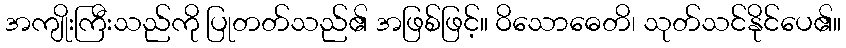
အကျိုးကြီးသည်ကို ပြုတတ်သည်၏ အဖြစ်ဖြင့်။ ဝိသောဓေတိ၊ သုတ်သင်နိုင်ပေ၏။